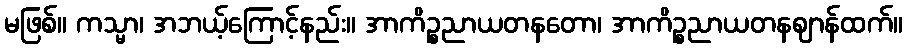
မဖြစ်။ ကသ္မာ၊ အဘယ့်ကြောင့်နည်း။ အာကိဉ္စညာယတနတော၊ အာကိဉ္စညာယတနဈာန်ထက်။